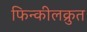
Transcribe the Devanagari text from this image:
फिन्कीलक्रुत